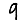
Digit: 9